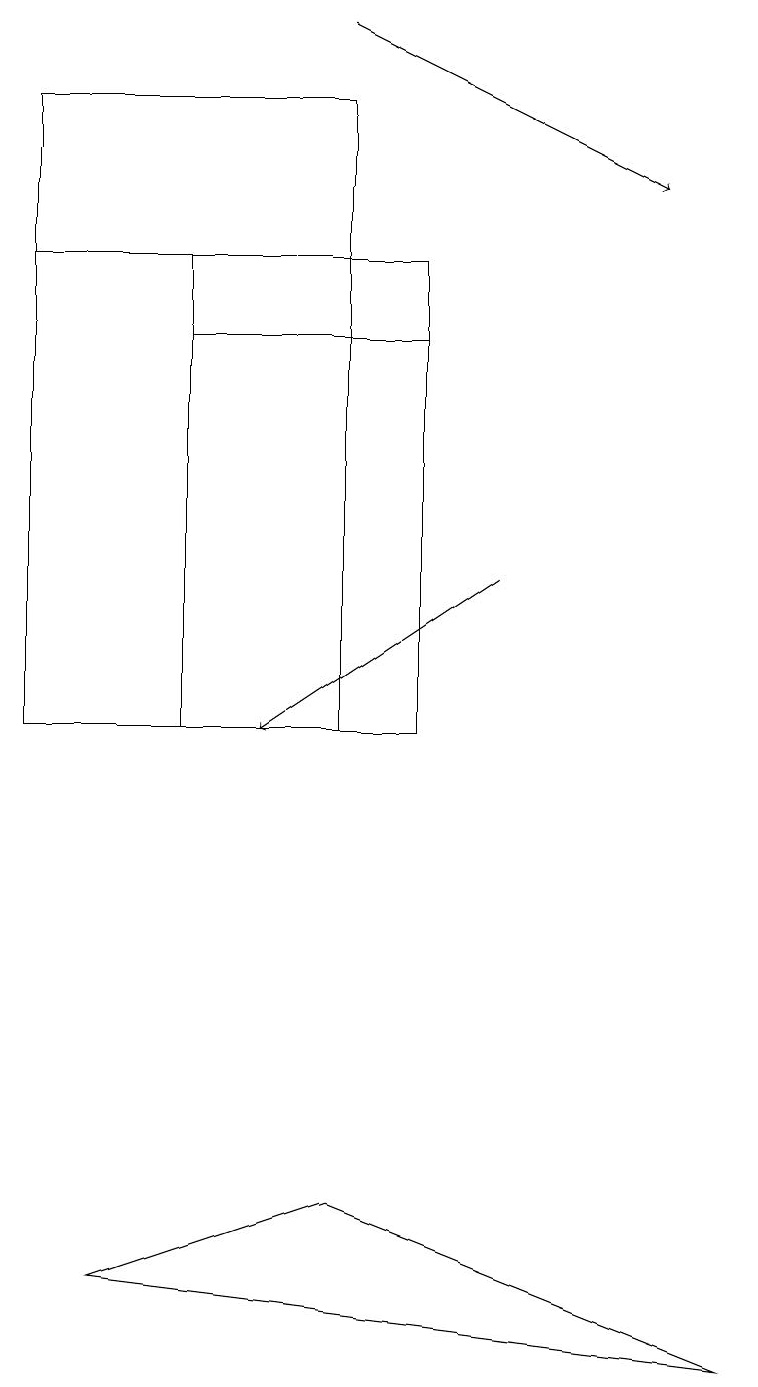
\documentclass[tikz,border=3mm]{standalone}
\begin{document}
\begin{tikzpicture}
\draw (0,10) rectangle (4,18);
\draw[->] (4,19) -- (8,17);
\draw[->] (6,12) -- (3,10);
\draw (4,16) rectangle (0,18);
\draw (1,3) -- (9,2) -- (4,4) -- cycle;
\draw (2,15) rectangle (5,16);
\draw (2,16) rectangle (5,10);
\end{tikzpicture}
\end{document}